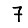
Digit: 7